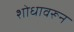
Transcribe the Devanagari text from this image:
शोधावरून